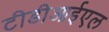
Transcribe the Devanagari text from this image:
टीडीआईएल